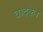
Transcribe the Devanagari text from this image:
वादक।